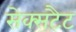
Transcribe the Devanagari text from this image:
सेक्सटैट